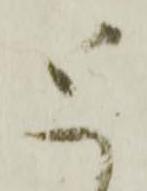
と